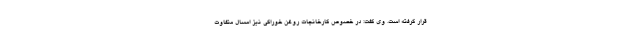
قرار گرفته است. وی گفت: در خصوص کارخانجات روغن خوراکی نیز امسال متفاوت